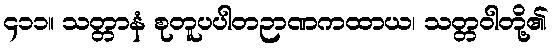
၄၁၁။ သတ္တာနံ စုတူပပါတဉာဏကထာယ၊ သတ္တဝါတို့၏